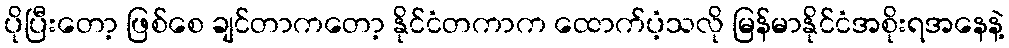
ပိုပြီးတော့ ဖြစ်စေ ချင်တာကတော့ နိုင်ငံတကာက ထောက်ပံ့သလို မြန်မာနိုင်ငံအစိုးရအနေနဲ့